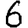
Digit: 6